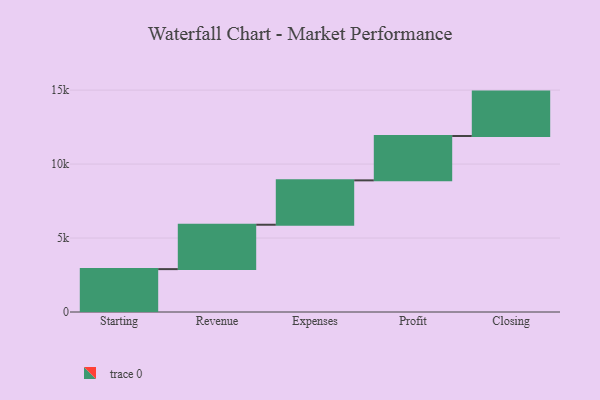
{"axis": {"x": "Step", "y": "Value"}, "legend": [""], "data": [{"x": "Starting", "y": 2899.0, "type": ""}, {"x": "Revenue", "y": 3000, "type": ""}, {"x": "Expenses", "y": 3000, "type": ""}, {"x": "Profit", "y": 3000, "type": ""}, {"x": "Closing", "y": 3000, "type": ""}]}